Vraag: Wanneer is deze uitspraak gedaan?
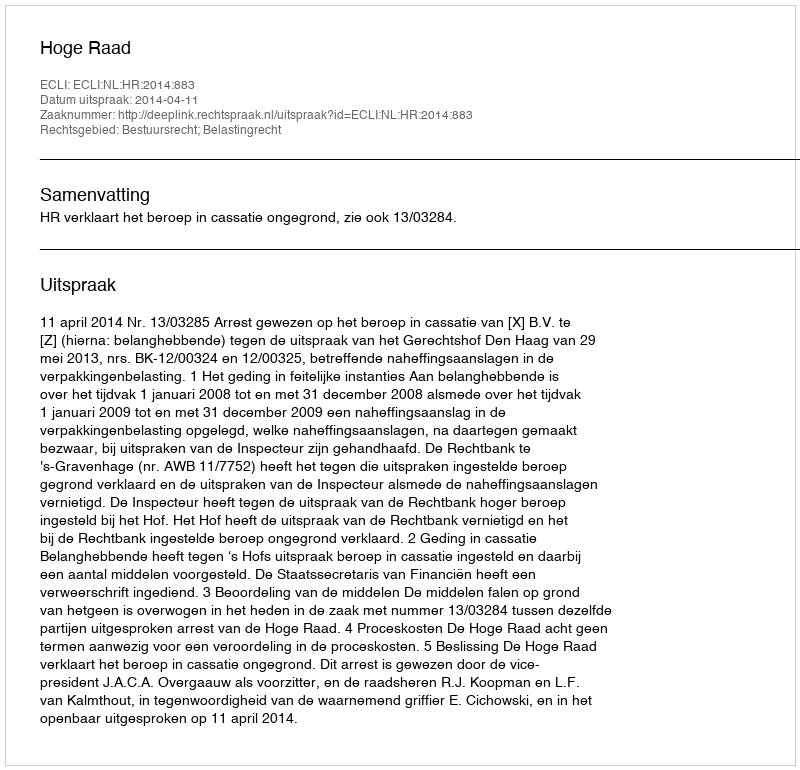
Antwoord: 2014-04-11